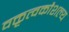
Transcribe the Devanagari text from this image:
वक्तृत्वकौशल्य